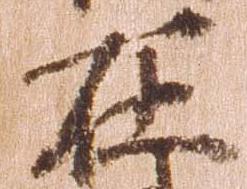
在